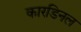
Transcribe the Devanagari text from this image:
कारडिनल